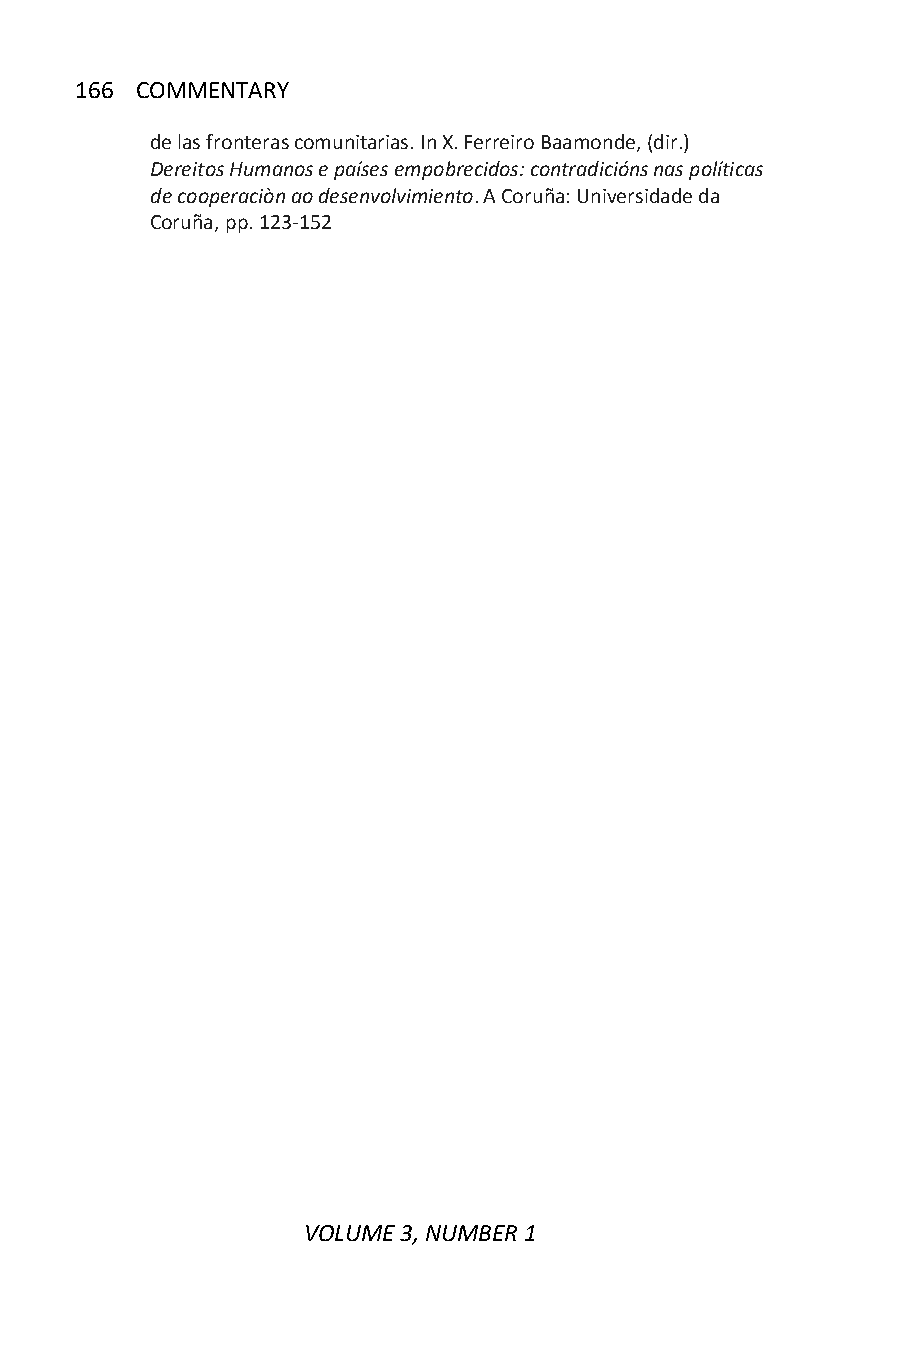
166 COMMENTARY
 de las fronteras comunitarias. In X. Ferreiro Baamonde, (dir.)
 Dereitos Humanos e países empobrecidos: contradicións nas políticas
 de cooperaciòn ao desenvolvimiento. A Coruña: Universidade da
 Coruña, pp. 123-152
 VOLUME 3, NUMBER 1